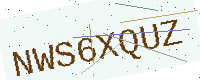
Text: NWS6XQUZ